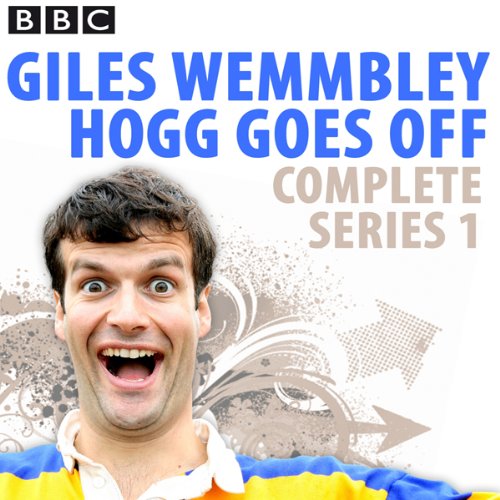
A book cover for Giles Wemmbley Hogg Goes Off; Marcus Brigstocke; Travel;